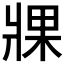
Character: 𤖇